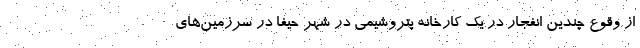
از وقوع چندین انفجار در یک کارخانه پتروشیمی در شهر حیفا در سرزمین‌های